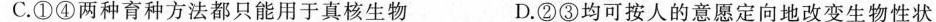
C.①④两种育种方法都只能用于真核生物 D.②③均可按人的意愿定向地改变生物性状